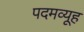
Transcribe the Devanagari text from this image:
पदमव्यूह